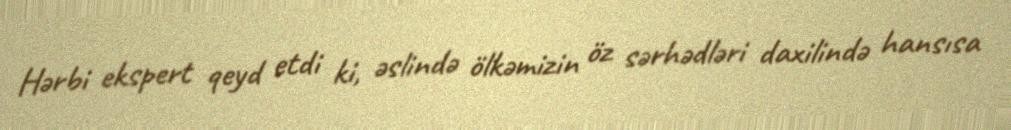
Hərbi ekspert qeyd etdi ki, əslində ölkəmizin öz sərhədləri daxilində hansısa